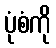
ပုံစံကို